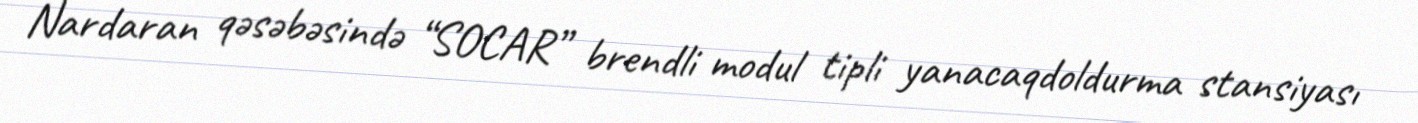
Nardaran qəsəbəsində “SOCAR” brendli modul tipli yanacaqdoldurma stansiyası